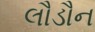
લૌડૌન